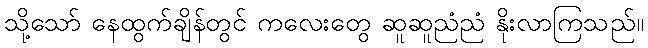
သို့သော် နေထွက်ချိန်တွင် ကလေးတွေ ဆူဆူညံညံ နိုးလာကြသည်။